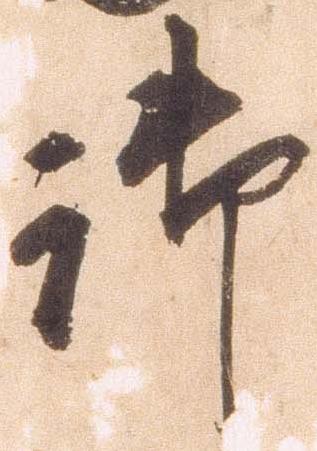
御